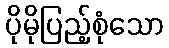
ပိုမိုပြည့်စုံသော